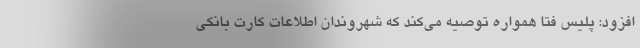
افزود: پلیس فتا همواره توصیه می‌کند که شهروندان اطلاعات کارت بانکی